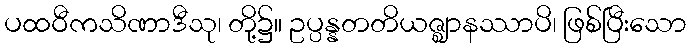
ပထဝီကသိဏာဒီသု၊ တို့၌။ ဥပ္ပန္နတတိယဇ္ဈာနဿာပိ၊ ဖြစ်ပြီးသော